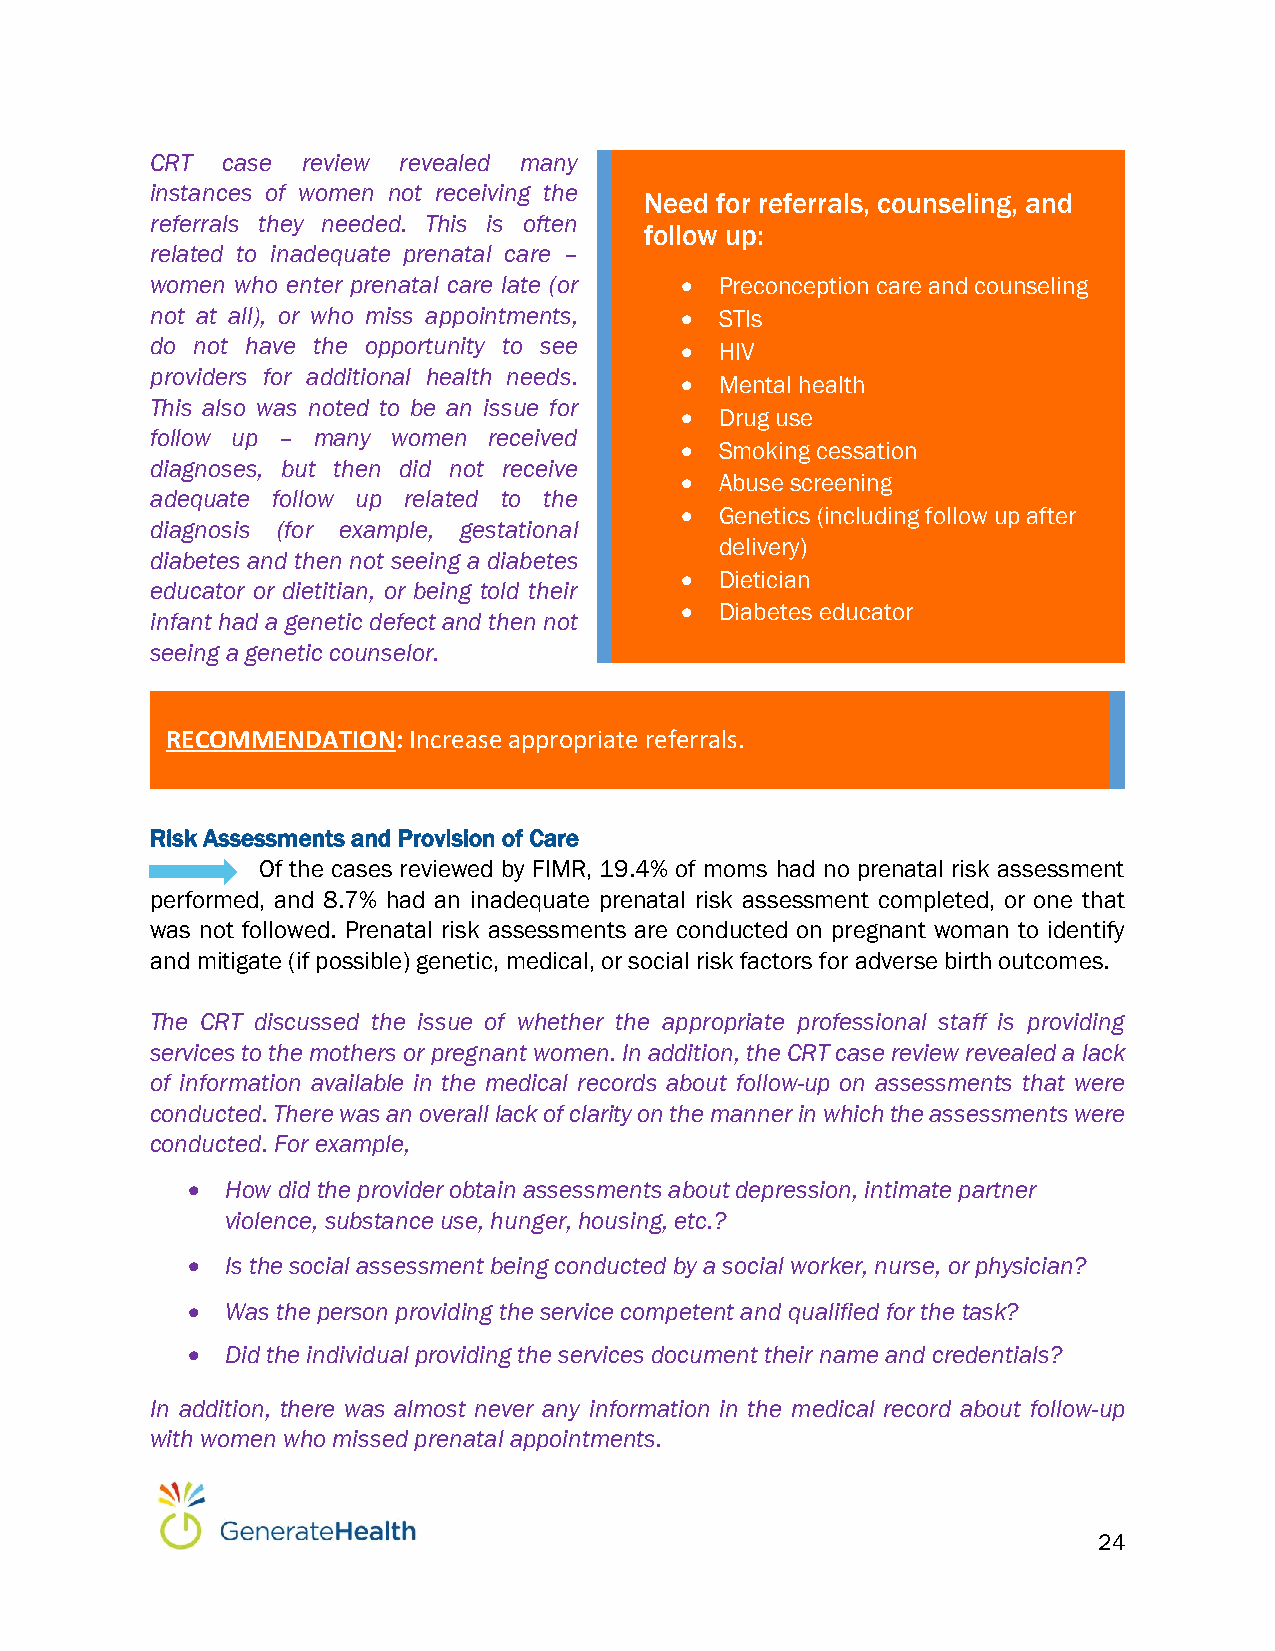
CRT  case review revealed many
 instances of women not receiving the
 Need for referrals, counseling, and
 referrals they needed. This is often
 follow up:
 related to inadequate prenatal care –
 women who enter prenatal care late (or  Preconception care and counseling
 not at all), or who miss appointments,  STIs
 do not have the opportunity to see   HIV
 providers for additional health needs.
   Mental health
 This also was noted to be an issue for
   Drug use
 follow up – many women received
   Smoking cessation
 diagnoses, but then did not receive
   Abuse screening
 adequate follow up related to the
   Genetics (including follow up after
 diagnosis (for example, gestational
 delivery)
 diabetes and then not seeing a diabetes
   Dietician
 educator or dietitian, or being told their
   Diabetes educator
 infant had a genetic defect and then not
 seeing a genetic counselor.
 RECOMMENDATION: Increase appropriate referrals.
 Risk Assessments and Provision of Care
 Of the cases reviewed by FIMR, 19.4% of moms had no prenatal risk assessment
 performed, and 8.7% had an inadequate prenatal risk assessment completed, or one that
 was not followed. Prenatal risk assessments are conducted on pregnant woman to identify
 and mitigate (if possible) genetic, medical, or social risk factors for adverse birth outcomes.
 The CRT discussed the issue of whether the appropriate professional staff is providing
 services to the mothers or pregnant women. In addition, the CRT case review revealed a lack
 of information available in the medical records about follow-up on assessments that were
 conducted. There was an overall lack of clarity on the manner in which the assessments were
 conducted. For example,
   How did the provider obtain assessments about depression, intimate partner
 violence, substance use, hunger, housing, etc.?
   Is the social assessment being conducted by a social worker, nurse, or physician?
   Was the person providing the service competent and qualified for the task?
   Did the individual providing the services document their name and credentials?
 In addition, there was almost never any information in the medical record about follow-up
 with women who missed prenatal appointments.
 24